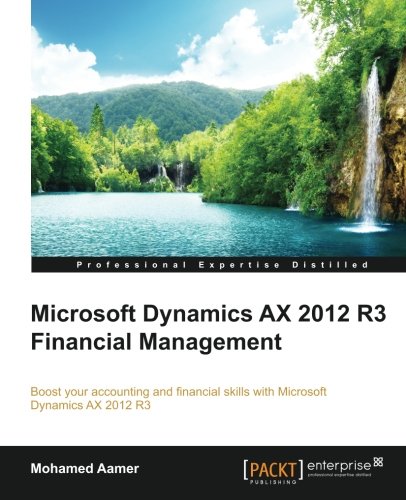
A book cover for Microsoft Dynamics AX 2012 R3 Financial Management; Mohamed Aamer; Computers & Technology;